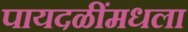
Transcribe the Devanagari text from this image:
पायदळींमधला